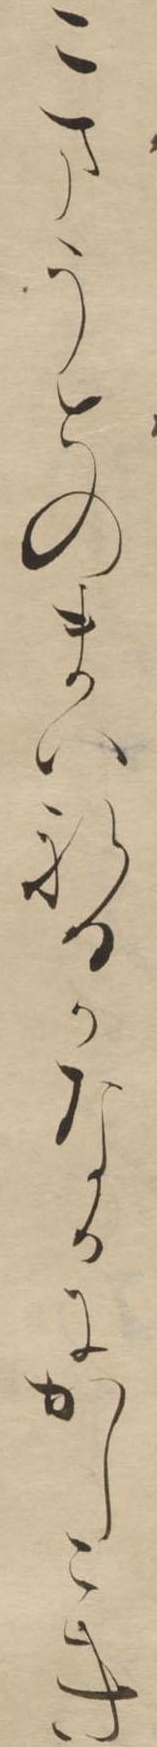
こまうとのまいれるかなかにかしこき